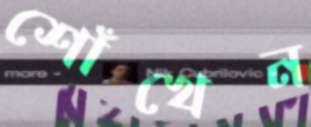
শোঁখেন